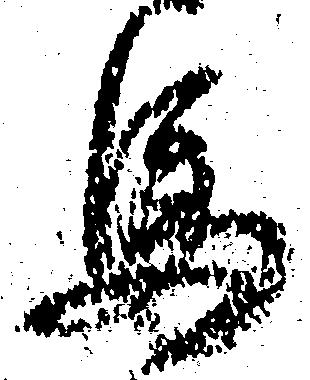
馬